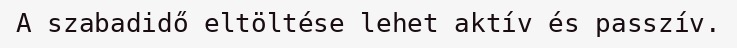
A szabadidő eltöltése lehet aktív és passzív.